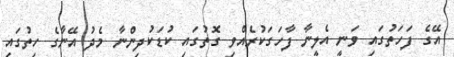
އޭގެ ފަހަތުގައި ވަނީ އެލީނާ ފާހަގަކުރެއްވި ގޮތުގައި ކުޑަކުދިންނާ މެދު އޭނާގެ ހިތުގައި